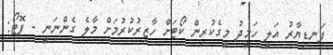
ފަނޑިޔާރު އަލީ ހަމީދު މީގެކުރިން ކޯޓަށް ހާޒިރުކުރުމަށް މާލެ ގެންނަނީ - ފޮޓޯ: